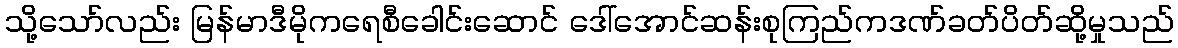
သို့သော်လည်း မြန်မာဒီမိုကရေစီခေါင်းဆောင် ဒေါ်အောင်ဆန်းစုကြည်ကဒဏ်ခတ်ပိတ်ဆို့မှုသည်